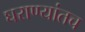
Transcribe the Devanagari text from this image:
घराण्यांतच